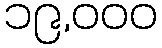
၁၉,၀၀၀